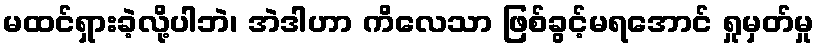
မထင်ရှားခဲ့လို့ပါဘဲ၊ အဲဒါဟာ ကိလေသာ ဖြစ်ခွင့်မရအောင် ရှုမှတ်မှု